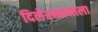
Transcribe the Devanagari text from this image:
दिलेरखानाला